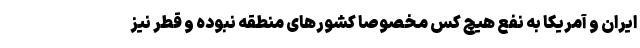
ایران و آمریکا به نفع هیچ کس مخصوصا کشورهای منطقه نبوده و قطر نیز